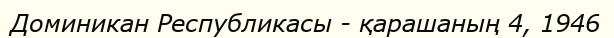
Доминикан Республикасы - қарашаның 4, 1946